Indian journal of veterinary science and animal husbandry - Volumes 26-27, 1956-1957
Year: 1956
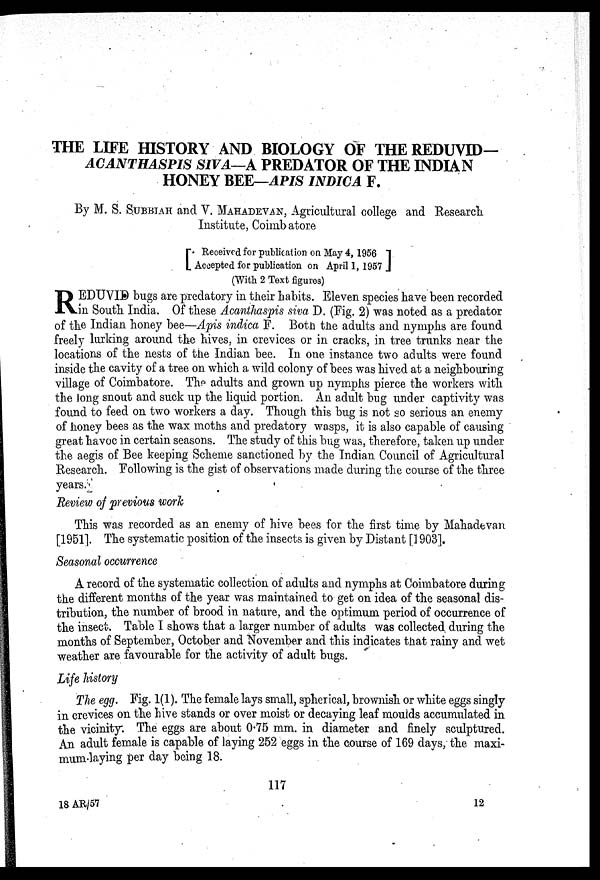
THE LIFE HISTORY AND BIOLOGY OF THE REDUVID—
ACANTHASPIS SIVA—A PREDATOR OF THE INDIAN
HONEY BEE—APIS INDICA F.
By M. S. SUBBIAH and V. MAHADEVAN, Agricultural college and Research
Institute, Coimb atore
[Received for publication on May 4, 1956
Accepted for publication on April 1, 1957]
(With 2 Text figures)
R EDUVID bugs are predatory in their habits. Eleven species have been recorded
in South India. Of these Acanthaspis siva D. (Fig. 2) was noted as a predator
of the Indian honey bee—Apis indica F. Both the adults and nymphs are found
freely lurking around the hives, in crevices or in cracks, in tree trunks near the
locations of the nests of the Indian bee. In one instance two adults were found
inside the cavity of a tree on which a wild colony of bees was hived at a neighbouring
village of Coimbatore. The adults and grown up nymphs pierce the workers with
the long snout and suck up the liquid portion. An adult bug under captivity was
found to feed on two workers a day. Though this bug is not so serious an enemy
of honey bees as the wax moths and predatory wasps, it is also capable of causing
great havoc in certain seasons. The study of this bug was, therefore, taken up under
the aegis of Bee keeping Scheme sanctioned by the Indian Council of Agricultural
Research. Following is the gist of observations made during the course of the three
years.
Review of previous work
This was recorded as an enemy of hive bees for the first time by Mahadevan
[1951]. The systematic position of the insects is given by Distant [1903].
Seasonal occurrence
A record of the systematic collection of adults and nymphs at Coimbatore during
the different months of the year was maintained to get on idea of the seasonal dis-
tribution, the number of brood in nature, and the optimum period of occurrence of
the insect. Table I shows that a larger number of adults was collected during the
months of September, October and November and this indicates that rainy and wet
weather are favourable for the activity of adult bugs.
Life history
The egg. Fig. 1(1). The female lays small, spherical, brownish or white eggs singly
in crevices on the hive stands or over moist or decaying leaf moulds accumulated in
the vicinity. The eggs are about 0.75 mm. in diameter and finely sculptured.
An adult female is capable of laying 252 eggs in the course of 169 days, the maxi-
mum laying per day being 18.
117
18 AR/57
12